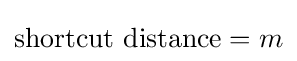
{\text{shortcut distance}}=m